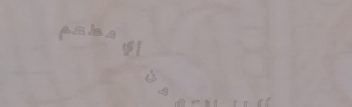
توصيل طلباتكم من أي مطعم